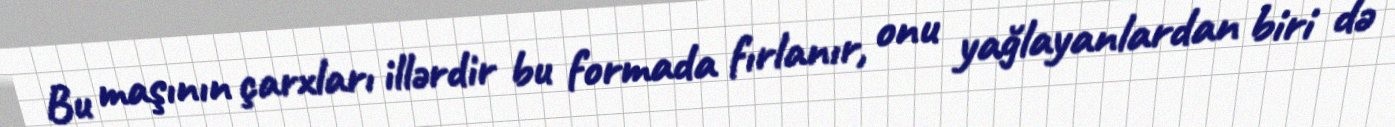
Bu maşının çarxları illərdir bu formada fırlanır, onu yağlayanlardan biri də